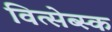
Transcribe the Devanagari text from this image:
वित्सेब्स्क